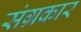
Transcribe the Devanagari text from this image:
संग्रकार